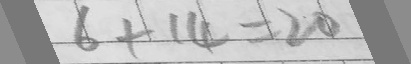
6 + 1 4 = 2 0